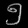
Digit: ၅